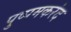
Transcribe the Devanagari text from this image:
पुष्पमकरंद